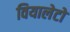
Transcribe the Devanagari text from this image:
वियालेटो